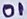
Text: 01